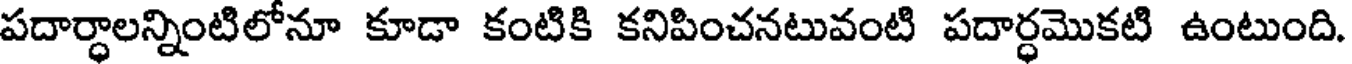
పదార్ధాలన్నింటిలోనూ కూడా కంటికి కనిపించనటువంటి పదార్ధమొకటి ఉంటుంది.